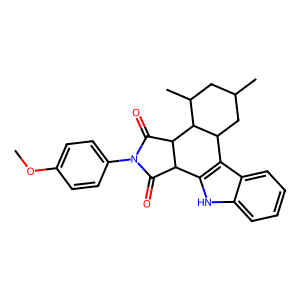
SMILES: COc1ccc(N2C(=O)C3c4[nH]c5ccccc5c4C4CC(C)CC(C)C4C3C2=O)cc1
Inhibits HIV replication: No